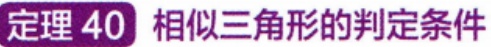
定理 40 相似三角形的判定条件